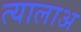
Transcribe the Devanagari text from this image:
त्यालाअ